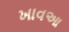
ખાવઆ